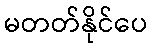
မတတ်နိုင်ပေ